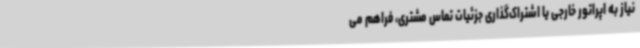
نیاز به اپراتور خارجی یا اشتراک‌گذاری جزئیات تماس مشتری، فراهم می